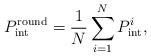
LaTeX: \begin{align*}P_{\textrm{int}}^{\textrm{round}} = \frac{1}{N}\sum\limits_{i = 1}^N {P_{{\mathop{\textrm {int}}} }^i},\end{align*}